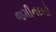
જમીનદારો